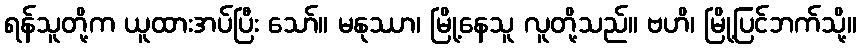
ရန်သူတို့က ယူထားအပ်ပြီး သော်။ မနုဿာ၊ မြို့နေသူ လူတို့သည်။ ဗဟိ၊ မြို့ပြင်ဘက်သို့။